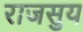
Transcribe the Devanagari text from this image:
राजसुय